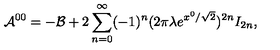
{ \cal A } ^ { 0 0 } = - { \cal B } + 2 \sum _ { n = 0 } ^ { \infty } ( - 1 ) ^ { n } ( 2 \pi \lambda e ^ { x ^ { 0 } / \sqrt { 2 } } ) ^ { 2 n } I _ { 2 n } ,